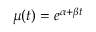
\mu ( t ) = e ^ { \alpha + \beta t }